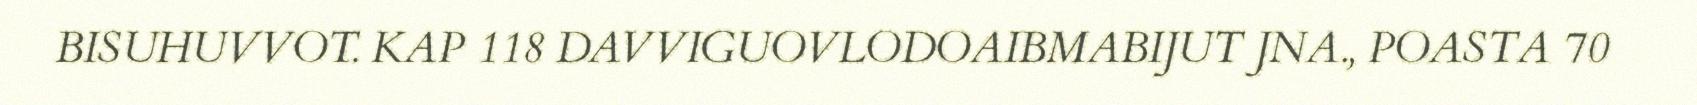
BISUHUVVOT. KAP 118 DAVVIGUOVLODOAIBMABIJUT JNA., POASTA 70